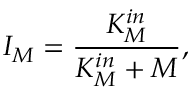
I _ { M } = \frac { K _ { M } ^ { i n } } { K _ { M } ^ { i n } + M } ,